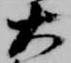
大